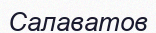
Салаватов